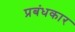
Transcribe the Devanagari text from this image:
प्रबंधकार